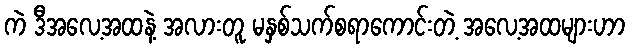
ကဲ ဒီအလေ့အထနဲ့ အလားတူ မနှစ်သက်စရာကောင်းတဲ့ အလေ့အထများဟာ